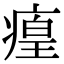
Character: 㾮